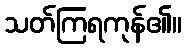
သတ်ကြရကုန်၏။